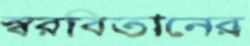
স্বরবিতানের